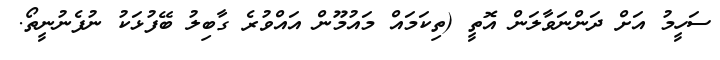
ސަހީމު އަށް ދަންނަވާލަން އޮތީ (ތިކަމައް މައުމޫން އައްވުރެ ގާބިލު ބޭފުޅަކު ނުފެނުނީތޯ.